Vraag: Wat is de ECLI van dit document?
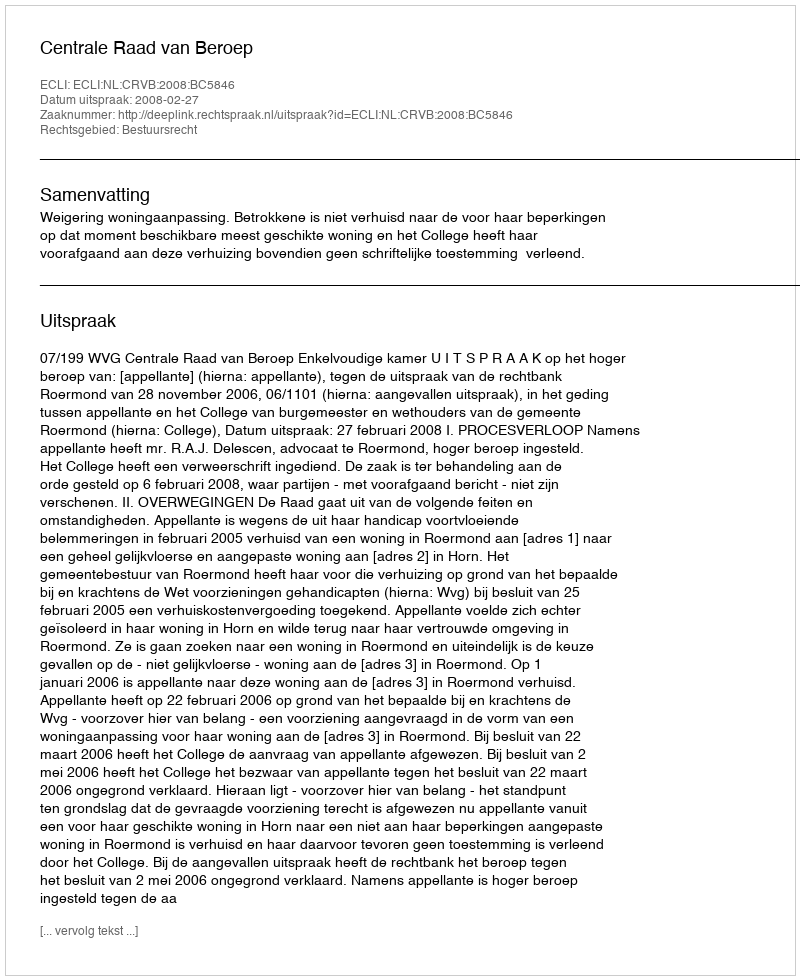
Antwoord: ECLI:NL:CRVB:2008:BC5846